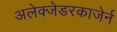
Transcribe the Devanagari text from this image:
अलेक्जेडरकाजेर्न